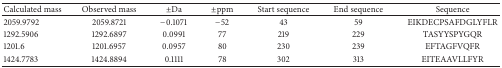
<table><thead><tr><td><b>Calculated mass</b></td><td><b>Observed mass</b></td><td><b>±Da</b></td><td><b>±ppm</b></td><td><b>Start sequence</b></td><td><b>End sequence</b></td><td><b>Sequence</b></td></tr></thead><tbody><tr><td>2059.9792</td><td>2059.8721</td><td>−0.1071</td><td>−52</td><td>43</td><td>59</td><td>EIKDECPSAFDGLYFLR</td></tr><tr><td>1292.5906</td><td>1292.6897</td><td>0.0991</td><td>77</td><td>219</td><td>229</td><td>TASYYSPYGQR</td></tr><tr><td>1201.6</td><td>1201.6957</td><td>0.0957</td><td>80</td><td>230</td><td>239</td><td>EFTAGFVQFR</td></tr><tr><td>1424.7783</td><td>1424.8894</td><td>0.1111</td><td>78</td><td>302</td><td>313</td><td>EITEAAVLLFYR</td></tr></tbody></table>